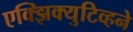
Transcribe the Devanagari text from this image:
एक्झिक्युटिव्हने